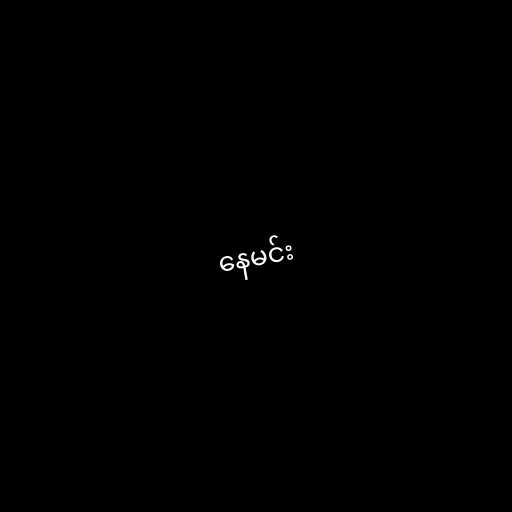
နေမင်း